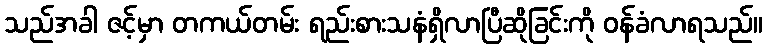
သည်အခါ ဇင့်မှာ တကယ်တမ်း ရည်းစားသနံရှိလာပြီဆိုခြင်းကို ဝန်ခံလာရသည်။